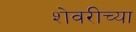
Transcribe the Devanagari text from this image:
शेवरीच्या